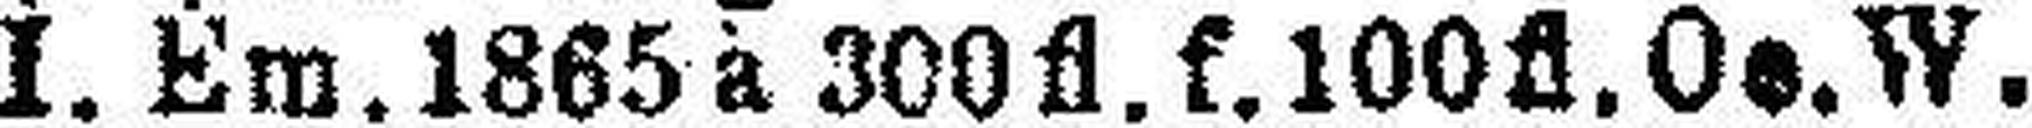
I. Em. 1865 à 300 fl. f. 100 fl. Oe.W.